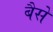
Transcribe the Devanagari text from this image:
बैसे